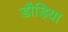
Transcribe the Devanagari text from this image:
डौडिया